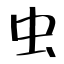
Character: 虫